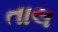
તાલ